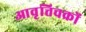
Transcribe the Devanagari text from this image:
आवृत्तिचक्रों